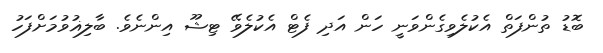
ބޮޑު ތުންފަތް އެކުލެވިގެންވަނީ ހަން އަދި ފެޓް އެކުލެވޭ ޓިޝޫ އިންނެވެ. ބާލިޣުވުމަށްފަހު